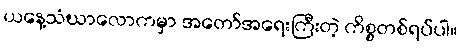
ယနေ့သံဃာလောကမှာ အတော်အရေးကြီးတဲ့ ကိစ္စတစ်ရပ်ပါ။